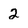
Character: 2